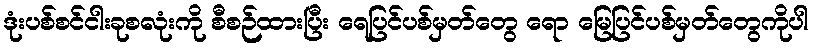
ဒုံးပစ်စင်ငါးခုစလုံးကို စီစဉ်ထားပြီး ရေပြင်ပစ်မှတ်တွေ ရော မြေပြင်ပစ်မှတ်တွေကိုပါ